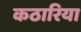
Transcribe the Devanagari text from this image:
कठारिया